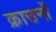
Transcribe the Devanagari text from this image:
क्राउनों